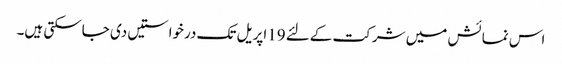
اس نمائش میں شرکت کےلئے 19اپریل تک درخواستیں دی جاسکتی ہیں۔